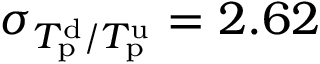
\sigma _ { T _ { \mathrm { p } } ^ { \mathrm { d } } / T _ { \mathrm { p } } ^ { \mathrm { u } } } = 2 . 6 2